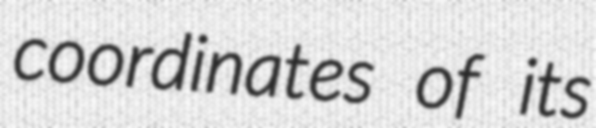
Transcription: coordinates of its